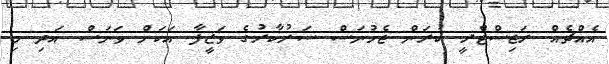
އެއްޗެއް ރަޖިސްޓްރީ ކުރަން ޖެހުނަސް ސަރުކާރުގެ ވަޒީފާ އަކަށް ވަނަސް އަދި މި